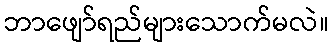
ဘာဖျော်ရည်များသောက်မလဲ။